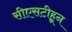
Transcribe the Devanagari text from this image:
सीएसटीहून